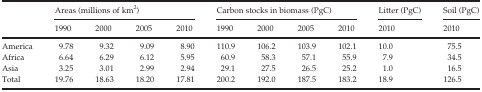
<table><thead><tr><td></td><td colspan="4"><b>Areas (millions of km<sup>2</sup>)</b></td><td colspan="4"><b>Carbon stocks in biomass (PgC)</b></td><td><b>Litter (PgC)</b></td><td><b>Soil (PgC)</b></td></tr><tr><td></td><td><b>1990</b></td><td><b>2000</b></td><td><b>2005</b></td><td><b>2010</b></td><td><b>1990</b></td><td><b>2000</b></td><td><b>2005</b></td><td><b>2010</b></td><td><b>2010</b></td><td><b>2010</b></td></tr></thead><tbody><tr><td>America</td><td>9.78</td><td>9.32</td><td>9.09</td><td>8.90</td><td>110.9</td><td>106.2</td><td>103.9</td><td>102.1</td><td>10.0</td><td>75.5</td></tr><tr><td>Africa</td><td>6.64</td><td>6.29</td><td>6.12</td><td>5.95</td><td>60.9</td><td>58.3</td><td>57.1</td><td>55.9</td><td>7.9</td><td>34.5</td></tr><tr><td>Asia</td><td>3.25</td><td>3.01</td><td>2.99</td><td>2.94</td><td>29.1</td><td>27.5</td><td>26.5</td><td>25.2</td><td>1.0</td><td>16.5</td></tr><tr><td>Total</td><td>19.76</td><td>18.63</td><td>18.20</td><td>17.81</td><td>200.2</td><td>192.0</td><td>187.5</td><td>183.2</td><td>18.9</td><td>126.5</td></tr></tbody></table>